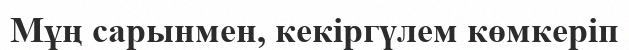
Мұң сарынмен, кекіргүлем көмкеріп